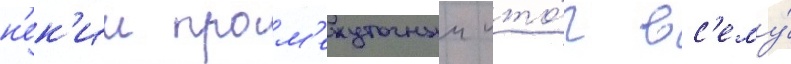
н'ек'ии пром'ежуточныи ито́г вс'ему́